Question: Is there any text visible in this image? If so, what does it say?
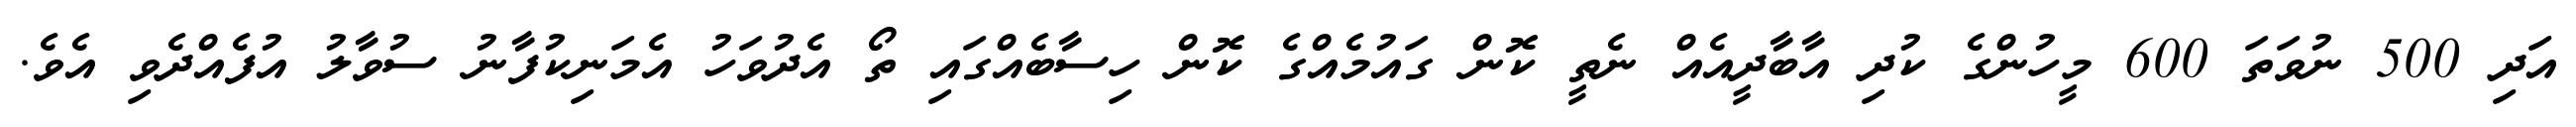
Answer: އަދި 500 ނުވަތަ 600 މީހުންގެ ކުދި އާބާދީއެއް ނެތީ ކޮން ގައުމެއްގެ ކޮން ހިސާބެއްގައި ތޯ އެދުވަހު އެމަނިކުފާނު ސުވާލު އުފެއްދެވި އެވެ.